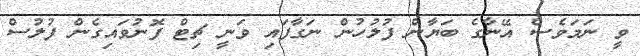
ވީ ނަމަވެސް އޭނާގެ ބަޔާން ފުލުހުން ނަގާފައި ވަނީ ޗިޓް ފޮނުވައިގެން ފުލުސް